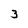
Character: 3